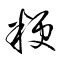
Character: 粳